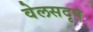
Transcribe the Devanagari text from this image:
वेलसदृष